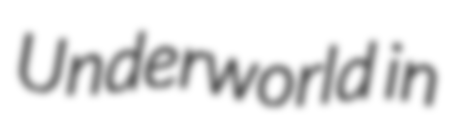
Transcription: Underworld in